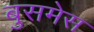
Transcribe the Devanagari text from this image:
बुसमेस